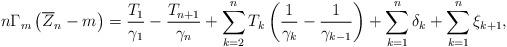
LaTeX: \begin{align*}n\Gamma_{m}\left( \overline{Z}_{n} - m \right) = \frac{T_{1}}{\gamma_{1}}- \frac{T_{n+1}}{\gamma_{n}}+ \sum_{k=2}^{n}T_{k}\left( \frac{1}{\gamma_{k}}- \frac{1}{\gamma_{k-1}}\right) + \sum_{k=1}^{n} \delta_{k} + \sum_{k=1}^{n}\xi_{k+1} ,\end{align*}